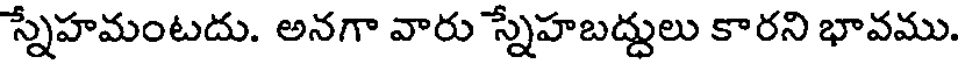
స్నేహమంటదు. అనగా వారు స్నేహబద్దులు కారని భావము.